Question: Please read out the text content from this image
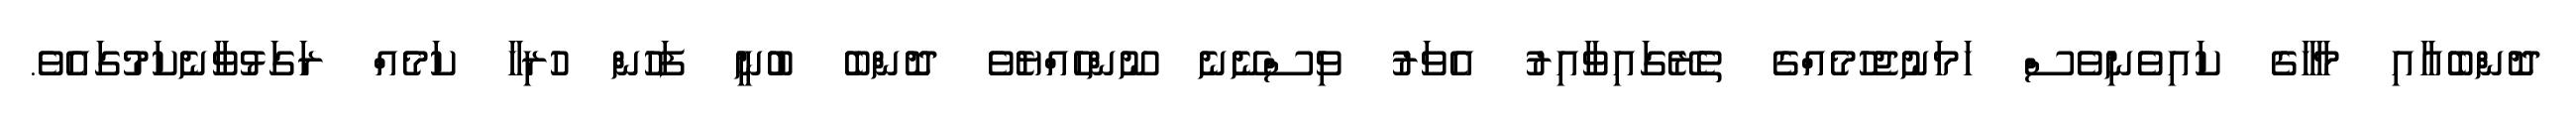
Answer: ދޮންބެއާއި މާހާގެ ކައިވެނިވެސް ހަމަނުޖެހުމެއްގެ ތެރޭގައިވާއިރު އެވަރު ވިސްނޭނެ ނޫންހެއްޔެވެ ދޮންބެ ބުނީ ފަހުން ހުރިހާ ކަމެއް ރަގަޅުވާނެކަމުގައެވެ.